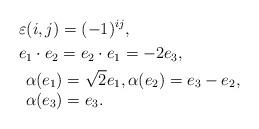
LaTeX: \begin{align*}& \varepsilon(i,j)=(-1)^{ij},\\& e_1\cdot e_2= e_2\cdot e_1=-2e_3, \\&\begin{array}[t]{l}\alpha(e_1)=\sqrt{2}e_1,\alpha(e_2)=e_3-e_2,\\\alpha(e_3)=e_3.\end{array}\end{align*}